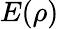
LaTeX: E(\rho)